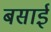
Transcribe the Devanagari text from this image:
बसाईं